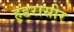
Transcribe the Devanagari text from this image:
हडरासोर